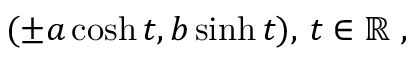
( \pm a \cosh t , b \sinh t ) , \, t \in \mathbb { R } \ ,